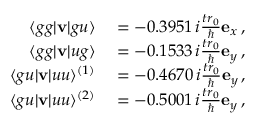
\begin{array} { r l } { \langle g g \vert { \bf v } \vert g u \rangle } & { { } = - 0 . 3 9 5 1 \, i \frac { t r _ { 0 } } { \hbar } { \bf e } _ { x } \, , } \\ { \langle g g \vert { \bf v } \vert u g \rangle } & { { } = - 0 . 1 5 3 3 \, i \frac { t r _ { 0 } } { \hbar } { \bf e } _ { y } \, , } \\ { \langle g u \vert { \bf v } \vert u u \rangle ^ { ( 1 ) } } & { { } = - 0 . 4 6 7 0 \, i \frac { t r _ { 0 } } { \hbar } { \bf e } _ { y } \, , } \\ { \langle g u \vert { \bf v } \vert u u \rangle ^ { ( 2 ) } } & { { } = - 0 . 5 0 0 1 \, i \frac { t r _ { 0 } } { \hbar } { \bf e } _ { y } \, , } \end{array}